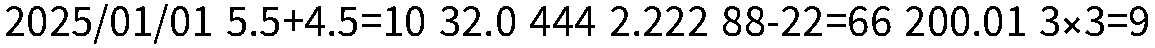
2025/01/01 5.5+4.5=10 32.0 444 2.222 88-22=66 200.01 3×3=9